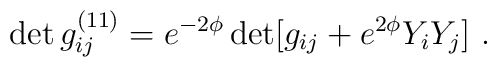
\det g_{ij}^{(11)} = e^{-2\phi} \det [g_{ij} + e^{2\phi}Y_iY_j] \ .